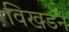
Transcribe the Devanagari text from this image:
विखडन